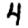
Digit: 4